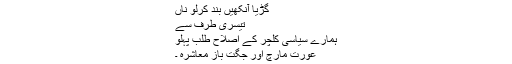
گُڑیا آنکھیں بَند کَرلَو ناَں
تیسری طرف سے
ہمارے سیاسی کلچر کے اصلاح طلب پہلو
عورت مارچ اور جگت باز معاشرہ ۔